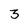
Character: 3